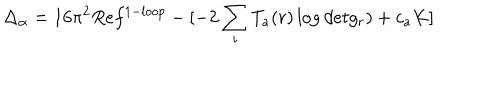
\Delta _ { \alpha } = 1 6 \pi ^ { 2 } R e f ^ { 1 - l o o p } - [ - 2 \sum _ { i } T _ { a } ( r ) \log d e t g _ { r } ) + c _ { a } K ]